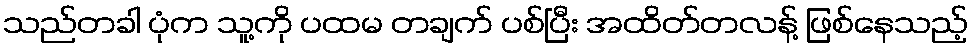
သည်တခါ ပုံက သူ့ကို ပထမ တချက် ပစ်ပြီး အထိတ်တလန့် ဖြစ်နေသည့်